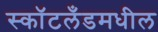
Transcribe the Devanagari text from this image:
स्कॉटलँडमधील